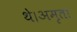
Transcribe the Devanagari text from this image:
थे।अमृता